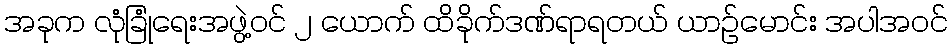
အခုက လုံခြုံရေးအဖွဲ့ဝင် ၂ ယောက် ထိခိုက်ဒဏ်ရာရတယ် ယာဉ်မောင်း အပါအဝင်